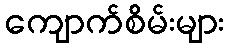
ကျောက်စိမ်းများ